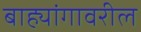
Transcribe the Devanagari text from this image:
बाह्यांगावरील